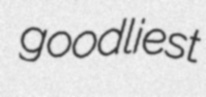
goodliest